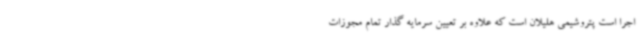
اجرا است پتروشیمی هلیلان است که علاوه بر تعیین سرمایه گذار تمام مجوزات